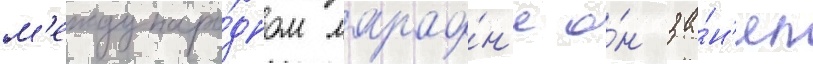
м'еждунаро́дном марафо́н'е о́н за́н'ял